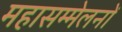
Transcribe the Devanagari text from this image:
महासम्मेलनों